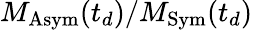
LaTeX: M_{\mathrm{Asym}}(t_{d})/M_{\mathrm{Sym}}(t_{d})